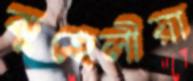
কুহেলীয়া